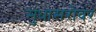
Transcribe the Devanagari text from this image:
सुधासरोवर